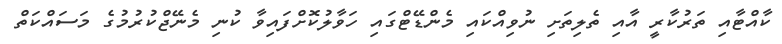
ކާއްޓާއި ތަރުކާރީ އާއި ތެލިތަށި ނުވިއްކައި މެންޑޭޓްގައި ހަވާލުކޮށްފައިވާ ކުނި މެނޭޖްކުރުމުގެ މަސައްކަތް